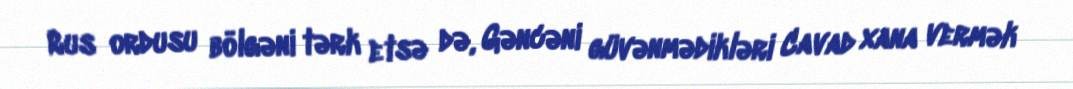
Rus ordusu bölgəni tərk etsə də, Gəncəni güvənmədikləri Cavad xana vermək